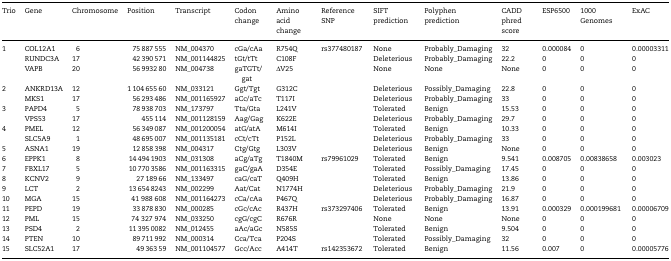
<table><thead><tr><td><b>Trio</b></td><td><b>Gene</b></td><td><b>Chromosome</b></td><td><b>Position</b></td><td><b>Transcript</b></td><td><b>Codon change</b></td><td><b>Amino acid change</b></td><td><b>Reference SNP</b></td><td><b>SIFT prediction</b></td><td><b>Polyphen prediction</b></td><td><b>CADD phred score</b></td><td><b>ESP6500</b></td><td><b>1000 Genomes</b></td><td><b>ExAC</b></td></tr></thead><tbody><tr><td>1</td><td>COL12A1</td><td>6</td><td>75 887 555</td><td>NM_004370</td><td>cGa/cAa</td><td>R754Q</td><td>rs377480187</td><td>None</td><td>Probably_Damaging</td><td>32</td><td>0.000084</td><td>0</td><td>0.00003311</td></tr><tr><td>[EMPTY_CELL]</td><td>RUNDC3A</td><td>17</td><td>42 390 571</td><td>NM_001144825</td><td>tGt/tTt</td><td>C108F</td><td>[EMPTY_CELL]</td><td>Deleterious</td><td>Probably_Damaging</td><td>22.2</td><td>0</td><td>0</td><td>0</td></tr><tr><td>[EMPTY_CELL]</td><td>VAPB</td><td>20</td><td>56 9932 80</td><td>NM_004738</td><td>gaTGTt/gat</td><td>ΔV25</td><td>[EMPTY_CELL]</td><td>None</td><td>None</td><td>None</td><td>0</td><td>0</td><td>0</td></tr><tr><td>2</td><td>ANKRD13A</td><td>12</td><td>1 104 655 60</td><td>NM_033121</td><td>Ggt/Tgt</td><td>G312C</td><td>[EMPTY_CELL]</td><td>Deleterious</td><td>Possibly_Damaging</td><td>22.8</td><td>0</td><td>0</td><td>0</td></tr><tr><td>[EMPTY_CELL]</td><td>MKS1</td><td>17</td><td>56 293 486</td><td>NM_001165927</td><td>aCc/aTc</td><td>T117I</td><td>[EMPTY_CELL]</td><td>Deleterious</td><td>Probably_Damaging</td><td>33</td><td>0</td><td>0</td><td>0</td></tr><tr><td>3</td><td>PAPD4</td><td>5</td><td>78 938 703</td><td>NM_173797</td><td>Tta/Gta</td><td>L241V</td><td>[EMPTY_CELL]</td><td>Tolerated</td><td>Benign</td><td>15.53</td><td>0</td><td>0</td><td>0</td></tr><tr><td>[EMPTY_CELL]</td><td>VPS53</td><td>17</td><td>455 114</td><td>NM_001128159</td><td>Aag/Gag</td><td>K622E</td><td>[EMPTY_CELL]</td><td>Deleterious</td><td>Probably_Damaging</td><td>29.7</td><td>0</td><td>0</td><td>0</td></tr><tr><td>4</td><td>PMEL</td><td>12</td><td>56 349 087</td><td>NM_001200054</td><td>atG/atA</td><td>M614I</td><td>[EMPTY_CELL]</td><td>Tolerated</td><td>Benign</td><td>10.33</td><td>0</td><td>0</td><td>0</td></tr><tr><td>[EMPTY_CELL]</td><td>SLC5A9</td><td>1</td><td>48 695 007</td><td>NM_001135181</td><td>cCt/cTt</td><td>P152L</td><td>[EMPTY_CELL]</td><td>Deleterious</td><td>Probably_Damaging</td><td>33</td><td>0</td><td>0</td><td>0</td></tr><tr><td>5</td><td>ASNA1</td><td>19</td><td>12 858 398</td><td>NM_004317</td><td>Ctg/Gtg</td><td>L303V</td><td>[EMPTY_CELL]</td><td>Deleterious</td><td>Benign</td><td>None</td><td>0</td><td>0</td><td>0</td></tr><tr><td>6</td><td>EPPK1</td><td>8</td><td>14 494 1903</td><td>NM_031308</td><td>aCg/aTg</td><td>T1840M</td><td>rs79961029</td><td>Tolerated</td><td>Benign</td><td>9.541</td><td>0.008705</td><td>0.00838658</td><td>0.003023</td></tr><tr><td>7</td><td>FBXL17</td><td>5</td><td>10 770 3586</td><td>NM_001163315</td><td>gaC/gaA</td><td>D354E</td><td>[EMPTY_CELL]</td><td>Tolerated</td><td>Possibly_Damaging</td><td>17.45</td><td>0</td><td>0</td><td>0</td></tr><tr><td>8</td><td>KCNV2</td><td>9</td><td>27 189 66</td><td>NM_133497</td><td>caG/caT</td><td>Q409H</td><td>[EMPTY_CELL]</td><td>Tolerated</td><td>Benign</td><td>13.86</td><td>0</td><td>0</td><td>0</td></tr><tr><td>9</td><td>LCT</td><td>2</td><td>13 654 8243</td><td>NM_002299</td><td>Aat/Cat</td><td>N1774H</td><td>[EMPTY_CELL]</td><td>Deleterious</td><td>Probably_Damaging</td><td>21.9</td><td>0</td><td>0</td><td>0</td></tr><tr><td>10</td><td>MGA</td><td>15</td><td>41 988 608</td><td>NM_001164273</td><td>cCa/cAa</td><td>P467Q</td><td>[EMPTY_CELL]</td><td>Deleterious</td><td>Probably_Damaging</td><td>16.87</td><td>0</td><td>0</td><td>0</td></tr><tr><td>11</td><td>PEPD</td><td>19</td><td>33 878 830</td><td>NM_000285</td><td>cGc/cAc</td><td>R437H</td><td>rs373297406</td><td>Tolerated</td><td>Benign</td><td>13.91</td><td>0.000329</td><td>0.000199681</td><td>0.00006709</td></tr><tr><td>12</td><td>PML</td><td>15</td><td>74 327 974</td><td>NM_033250</td><td>cgG/cgC</td><td>R676R</td><td>[EMPTY_CELL]</td><td>None</td><td>None</td><td>None</td><td>0</td><td>0</td><td>0</td></tr><tr><td>13</td><td>PSD4</td><td>2</td><td>11 395 0082</td><td>NM_012455</td><td>aAc/aGc</td><td>N585S</td><td>[EMPTY_CELL]</td><td>Tolerated</td><td>Benign</td><td>9.504</td><td>0</td><td>0</td><td>0</td></tr><tr><td>14</td><td>PTEN</td><td>10</td><td>89 711 992</td><td>NM_000314</td><td>Cca/Tca</td><td>P204S</td><td>[EMPTY_CELL]</td><td>Tolerated</td><td>Possibly_Damaging</td><td>32</td><td>0</td><td>0</td><td>0</td></tr><tr><td>15</td><td>SLC52A1</td><td>17</td><td>49 363 59</td><td>NM_001104577</td><td>Gcc/Acc</td><td>A414T</td><td>rs142353672</td><td>Tolerated</td><td>Benign</td><td>11.56</td><td>0.007</td><td>0</td><td>0.00005776</td></tr></tbody></table>